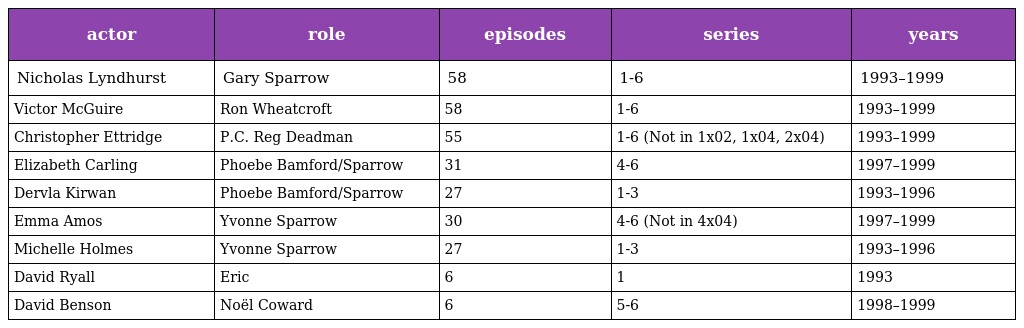
| actor | role | episodes | series | years |
 | --- | --- | --- | --- | --- |
 | Nicholas Lyndhurst | Gary Sparrow | 58 | 1-6 | 1993–1999 |
 | Victor McGuire | Ron Wheatcroft | 58 | 1-6 | 1993–1999 |
 | Christopher Ettridge | P.C. Reg Deadman | 55 | 1-6 (Not in 1x02, 1x04, 2x04) | 1993–1999 |
 | Elizabeth Carling | Phoebe Bamford/Sparrow | 31 | 4-6 | 1997–1999 |
 | Dervla Kirwan | Phoebe Bamford/Sparrow | 27 | 1-3 | 1993–1996 |
 | Emma Amos | Yvonne Sparrow | 30 | 4-6 (Not in 4x04) | 1997–1999 |
 | Michelle Holmes | Yvonne Sparrow | 27 | 1-3 | 1993–1996 |
 | David Ryall | Eric | 6 | 1 | 1993 |
 | David Benson | Noël Coward | 6 | 5-6 | 1998–1999 |